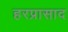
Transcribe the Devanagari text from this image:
हरप्रासाद